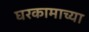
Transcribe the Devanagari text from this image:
घरकामाच्या